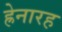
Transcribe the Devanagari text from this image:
ह्रेनारह